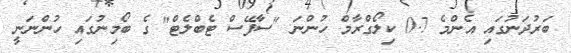
ބަރުދަނުގައި އެންމެ 0.7 ކިލޯގްރާމް ހުންނަ "ސާފޭސް ޓެބްލެޓް" ގެ ބޯމިނުގައި ހުންނަނީ